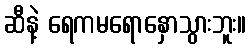
ဆီနဲ့ ရေကမရောနှောသွားဘူး။